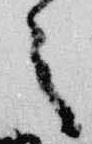
之